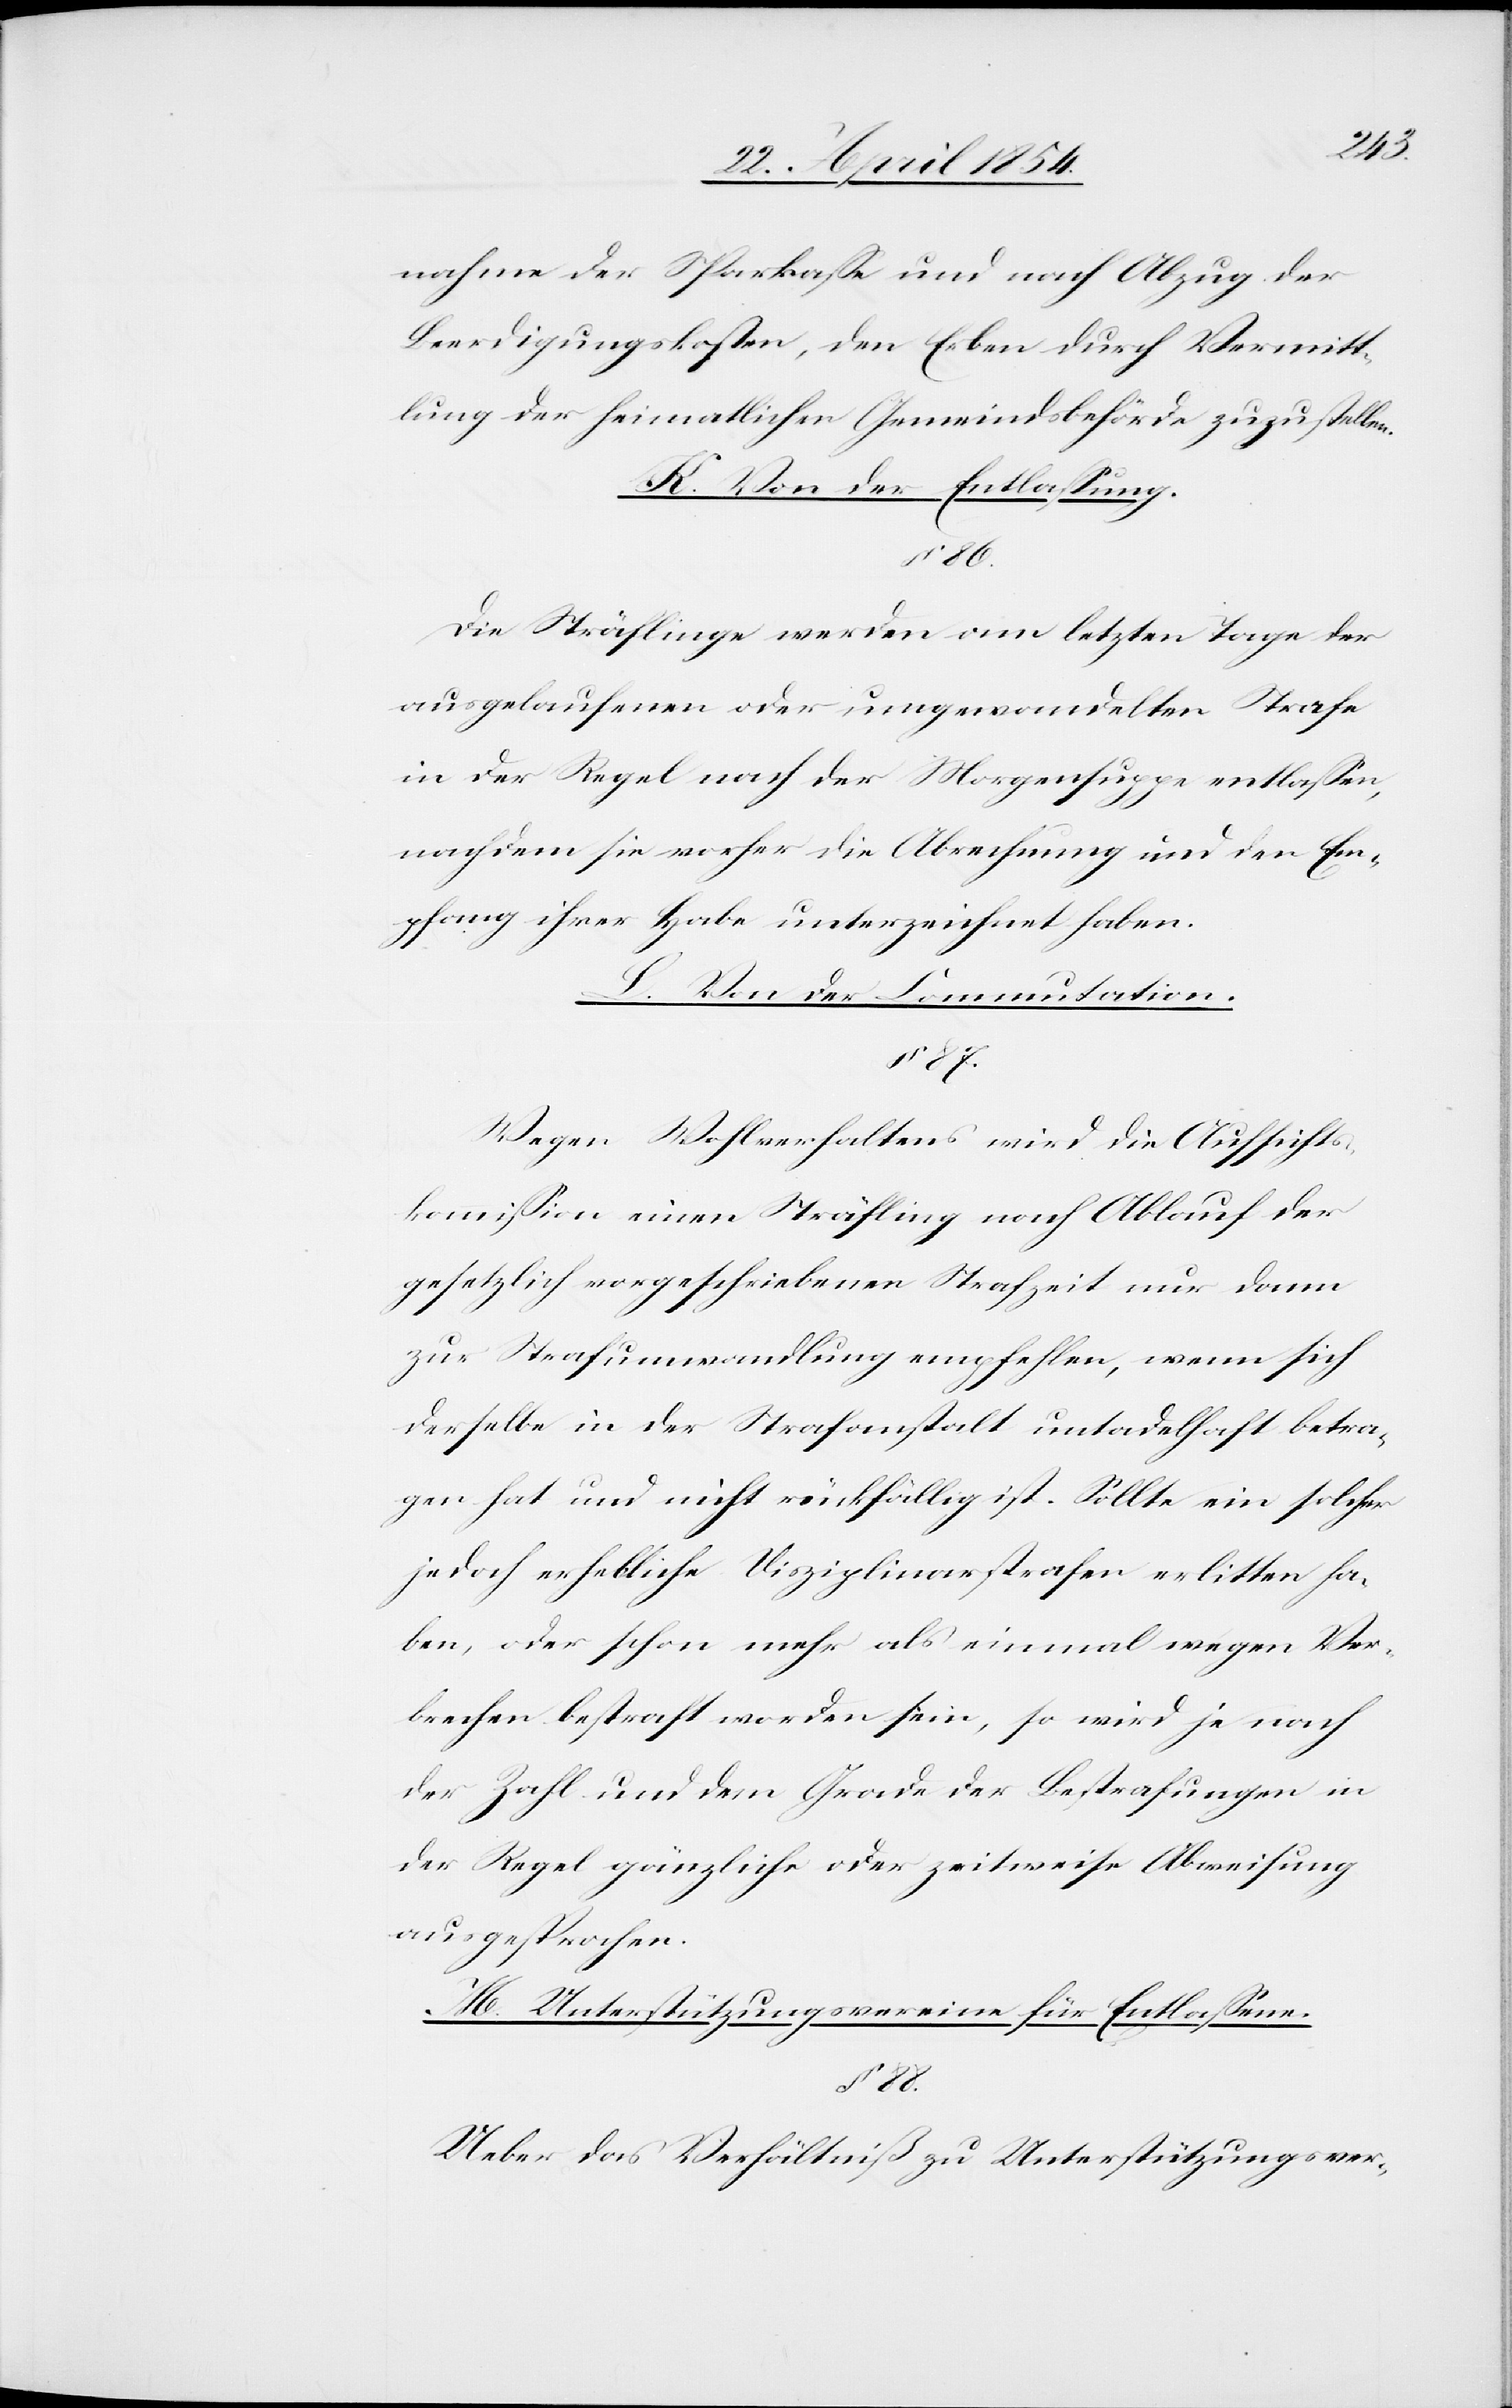
nahme der Sparkaße und nach Abzug der
Beerdigungskosten, den Erben durch Vermitt¬
lung der heimatlichen Gemeindsbehörde zuzustellen.
K. Von der Entlaßung.
§ 86.
Die Sträflinge werden am letzten Tage der
ausgelaufenen oder umgewandelten Strafe
in der Regel nach der Morgensuppe entlaßen,
nachdem sie vorher die Abrechnung und den Em¬
pfang ihrer Habe unterzeichnet haben.
L. Von der Commutation.
§ 87.
Wegen Wohlverhaltens wird die Aufsichts¬
kommißion einen Sträfling nach Ablaufe der
gesetzlich vorgeschriebenen Strafzeit nur dann
zur Strafumwandlung empfehlen, wenn sich
derselbe in der Strafanstalt untadelhaft betra¬
gen hat und nicht rückfällig ist. Sollte ein solcher
jedoch erhebliche Disziplinarstrafen erlitten ha¬
ben, oder schon mehr als einmal wegen Ver¬
brechen bestraft worden sein, so wird je nach
der Zahl und dem Grade der Bestrafungen in
der Regel gänzlich oder zeitweise Abweisung
ausgesprochen.
M. Unterstützungsvereine für Entlaßene.
§ 88.
Ueber das Verhältniß zu Unterstützungsver-